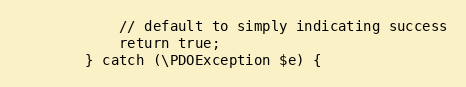
Language: PHP
            // default to simply indicating success
            return true;
        } catch (\PDOException $e) {